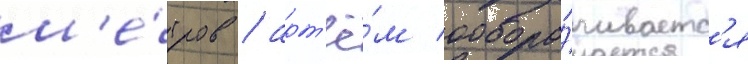
м'е́тров / арт'ё́м обора́чиваетс'я